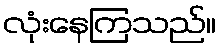
လုံးနေကြသည်။